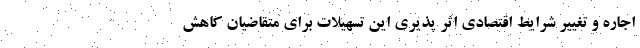
اجاره و تغییر شرایط اقتصادی اثر پذیری این تسهیلات برای متقاضیان کاهش